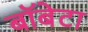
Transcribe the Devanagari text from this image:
बॉबेटा